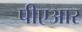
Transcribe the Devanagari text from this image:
पीएआर